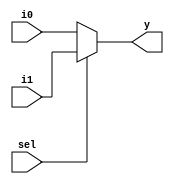
module mux_2_to_1 (i0, i1, sel, y);
	input [31:0] i0, i1;
	input sel;
	output [31:0] y;
	assign y = sel ? i1 : i0;
endmodule